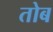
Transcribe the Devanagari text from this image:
तोब